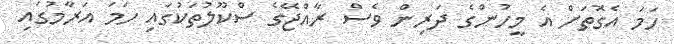
ހަމަ އެގޮތަށް އެ މީހުންގެ ދަރިން ވެސް ރާއްޖޭގެ ސްކޫލުތަކުގައި ހަމަ އަރާމުގައި